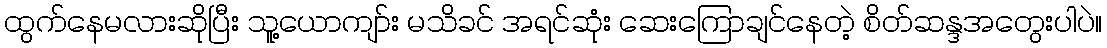
ထွက်နေမလားဆိုပြီး သူ့ယောကျာ်း မသိခင် အရင်ဆုံး ဆေးကြောချင်နေတဲ့ စိတ်ဆန္ဒအတွေးပါပဲ။